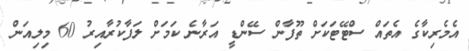
އެމެރިކާގެ އެތައް ސްޓޭޓަކަށް ތޫފާން ސޭންޑީ އަރާނެ ކަމަށް ލަފާކުރާއިރު 60 މިލިއަން